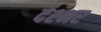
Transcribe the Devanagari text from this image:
देश्भर